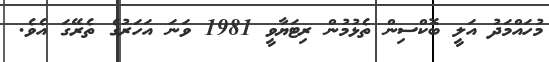
މުހައްމަދު އަލީ ބޮކްސިން ތެޅުމުން ރިޓަޔާވީ 1981 ވަނަ އަހަރުގެ ތެރޭގަ އެވެ.